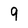
Character: 9